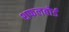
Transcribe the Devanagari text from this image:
शफलबोर्ड